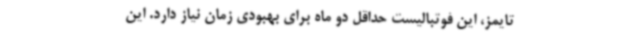
تایمز، این فوتبالیست حداقل دو ماه برای بهبودی زمان نیاز دارد. این